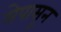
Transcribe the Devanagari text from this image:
मेपासून